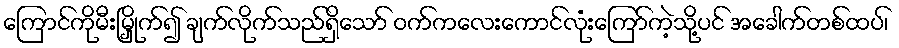
ကြောင်ကိုမီးမြှိုက်၍ ချက်လိုက်သည်ရှိသော် ဝက်ကလေးကောင်လုံးကြော်ကဲ့သို့ပင် အခေါက်တစ်ထပ်၊